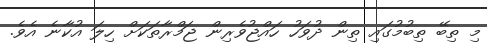
މި ތިބޭ ތިބުމުގައި ތިން ދުވަހު ހައްޖުވެރިން ޖަމްރާތަކަށް ހިލަ އުކާނެ އެވެ.